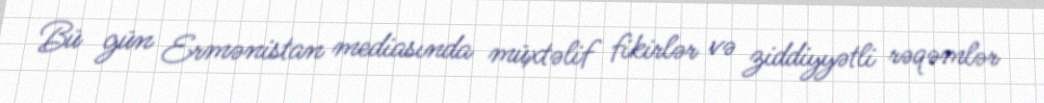
Bü gün Ermənistan mediasında müxtəlif fikirlər və ziddiyyətli rəqəmlər